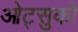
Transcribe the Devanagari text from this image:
ओट्सुको